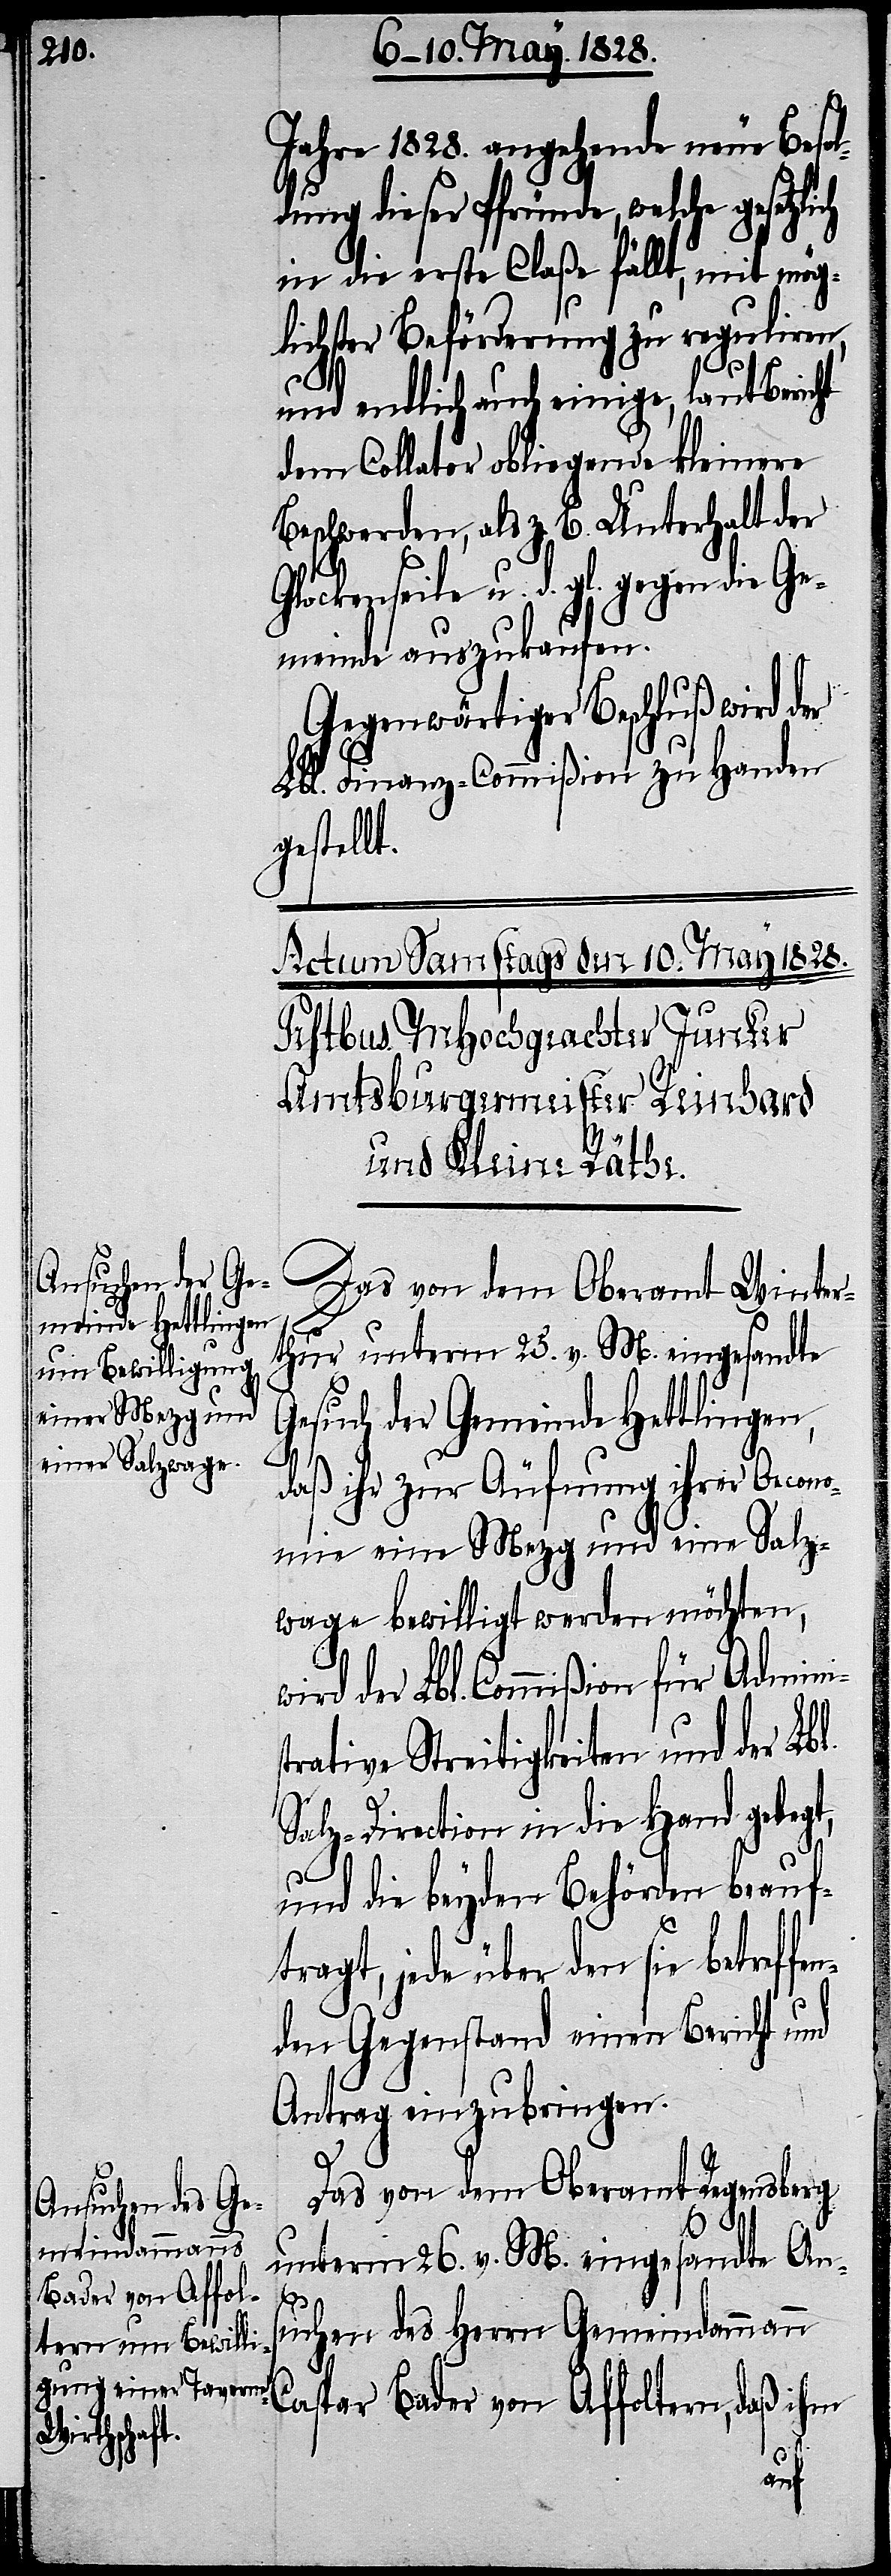
Jahre 1828. angehende neue Besol¬
dung dieser Pfründe, welche gesetzl¬
in die erste Claße fällt, mit mög¬
lichster Beförderung zu reguliren,
und endlich auch einige, laut Beri¬
dem Collator obliegende kleinere
Beschwerden, als z. B. Unterhalt der
Glockenseile u. d. gl. gegen die Ge¬
meinde auszukaufen.
Gegenwärtiger Beschluß wird der
Lbl. Finanz-Commißion zu Handen
gestellt.
Das von dem Oberamt Winter¬
thur unterm 25. v. M. eingesandte
Gesuch der Gemeinde Hettlingen,
s¬
daß ihr zur Äufnung ihrer Oecon¬
omie eine Mezg und eine Salz¬
wage bewilligt werden möchten,
wir der Lbl. Commißion für Admini¬
trative Streitigkeiten und der Lbl.
Salz-Direction in die Hand gelegt,
und die beyden Behörden beauf¬
tragt, jede über den sie betreff¬
den Gegenstand einen Bericht und
Antrag einzubringen.
Das von dem Oberamt Regensberg
unterm 26. v. M. eingesandte An¬
suchen des Herrn Gemeindammann
Caspar Bader von Affolter, daß ihm
en¬